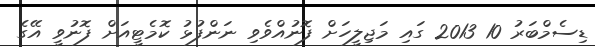
ޑިސެމްބަރު 10 2013 ގައި މަޖިލީހަށް ފޮނުއްވެވި ނަންފުޅު ކޮމެޓީއަށް ފޮނުވީ އޭގެ